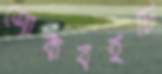
শোকবইটি